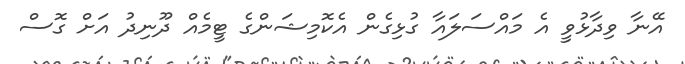
އޭނާ ވިދާޅުވީ އެ މައްސަލައާ ގުޅިގެން އެކޮމިޝަންގެ ޓީމެއް ދޫނިދު އަށް ގޮސް